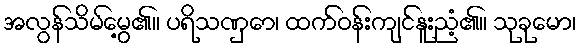
အလွန်သိမ်မွေ့၏။ ပရိသဏှော၊ ထက်ဝန်းကျင်နူးညံ့၏။ သုခုမော၊